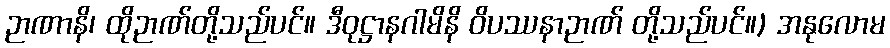
ဉာဏာနိ၊ ထိုဉာဏ်တို့သည်ပင်။ ဒီဝုဋ္ဌာနဂါမိနိ ဝိပဿနာဉာဏ် တို့သည်ပင်။) အနုလောမ